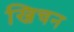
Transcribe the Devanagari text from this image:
ख्रिचन